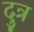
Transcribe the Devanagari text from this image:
दुत्र